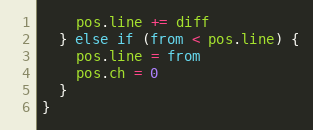
Language: JavaScript
    pos.line += diff
  } else if (from < pos.line) {
    pos.line = from
    pos.ch = 0
  }
}